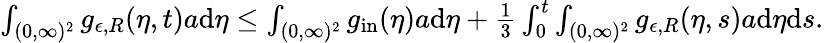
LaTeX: \begin{array}{r}{\int_{(0,\infty)^{2}}g_{\epsilon,R}(\eta,t)a\textup{d}\eta\leq\int_{(0,\infty)^{2}}g_{\textup{in}}(\eta)a\textup{d}\eta+\frac{1}{3}\int_{0}^{t}\int_{(0,\infty)^{2}}g_{\epsilon,R}(\eta,s)a\textup{d}\eta\textup{d}s.}\end{array}